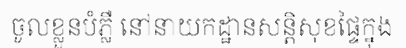
ចូលខ្លួនបំភ្លឺ នៅនាយកដ្ឋានសន្តិសុខផ្ទៃក្នុង